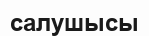
салушысы